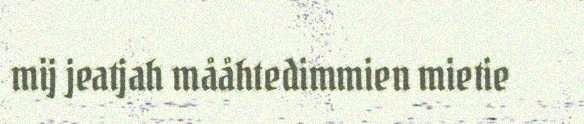
mij jeatjah mååhtedimmien mietie